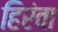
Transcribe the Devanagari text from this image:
हिरंवा